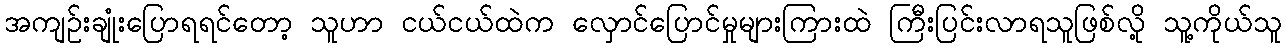
အကျဥ်းချုံးပြောရရင်တော့ သူဟာ ငယ်ငယ်ထဲက လှောင်ပြောင်မှုများကြားထဲ ကြီးပြင်းလာရသူဖြစ်လို့ သူ့ကိုယ်သူ